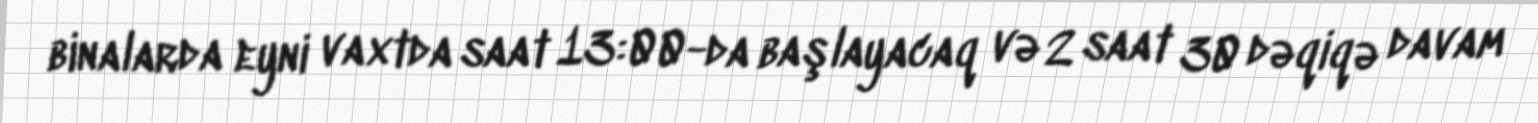
binalarda eyni vaxtda saat 13:00-da başlayacaq və 2 saat 30 dəqiqə davam